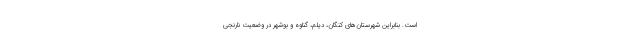
است. بنابراین شهرستان‌های کنگان، دیلم، گناوه و بوشهر در وضعیت نارنجی